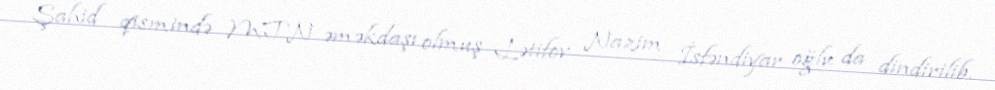
Şahid qismində MTN əməkdaşı olmuş Lətifov Nazim İsfəndiyar oğlu da dindirilib.